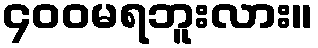
၄၀၀မရဘူးလား။